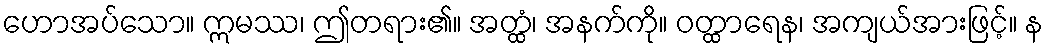
ဟောအပ်သော။ ဣမဿ၊ ဤတရား၏။ အတ္ထံ၊ အနက်ကို။ ဝတ္ထာရေန၊ အကျယ်အားဖြင့်။ န